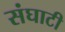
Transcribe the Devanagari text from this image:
संघाटी